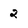
Character: 2